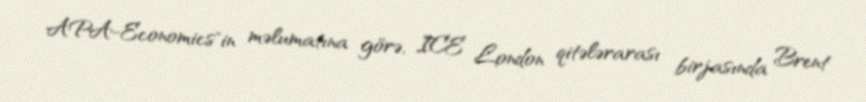
APA-Economics"in məlumatına görə, ICE London qitələrarası birjasında Brent